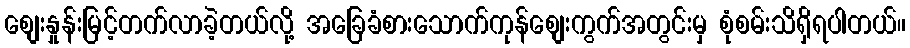
စျေးနှုန်းမြင့်တက်လာခဲ့တယ်လို့ အခြေခံစားသောက်ကုန်စျေးကွက်အတွင်းမှ စုံစမ်းသိရှိရပါတယ်။